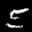
Digit: 5